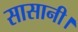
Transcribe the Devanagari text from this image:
सासानी।